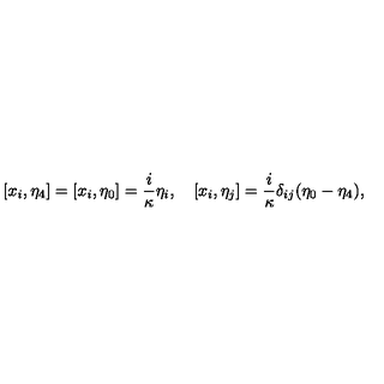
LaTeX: [ x _ { i } , \eta _ { 4 } ] = [ x _ { i } , \eta _ { 0 } ] = \frac { i } \kappa \eta _ { i } , \quad [ x _ { i } , \eta _ { j } ] = \frac { i } \kappa \delta _ { i j } ( \eta _ { 0 } - \eta _ { 4 } ) ,